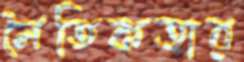
নৈতিকতার